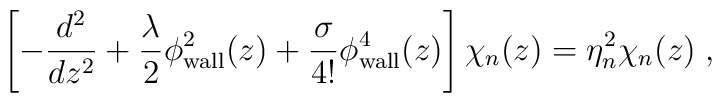
\left[-\frac{d^2}{dz^2}+\frac{\lambda}{2}\phi_{\rm wall}^2(z)+\frac{\sigma}{4!}\phi_{\rm wall}^4(z)\right]\chi_n(z)=\eta_n^2 \chi_n(z)\;,